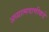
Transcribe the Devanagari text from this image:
अध्यात्मवाणीकडे